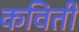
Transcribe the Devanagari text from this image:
कविती